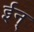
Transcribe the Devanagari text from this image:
ईन्